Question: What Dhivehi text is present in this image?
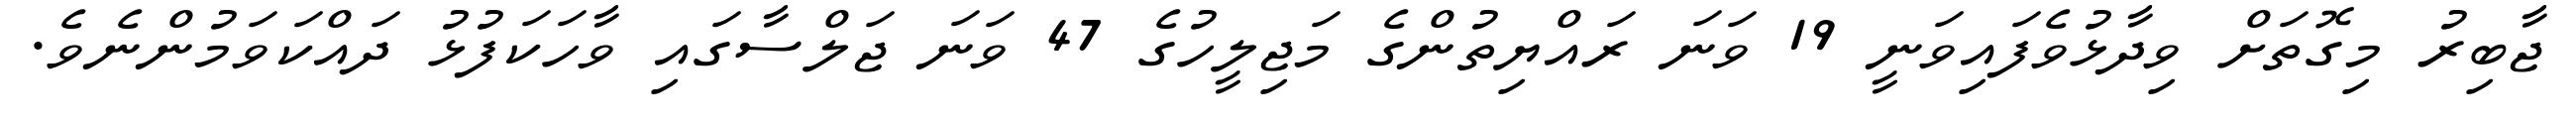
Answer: ޖާބިރު މިގޮތަށް ވިދާޅުވެފައިވަނީ 19 ވަނަ ރައްޔިތުންގެ މަޖިލީހުގެ 47 ވަނަ ޖަލްސާގައި ވާހަކަފުޅު ދައްކަވަމުންނެވެ.